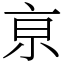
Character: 亰